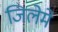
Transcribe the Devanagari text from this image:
जिलेमे